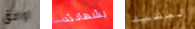
اوافق بشهادته المفيد